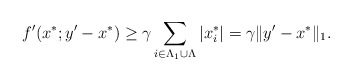
\begin{align*}f'(x^*;y'-x^*) &\ge\gamma\sum_{i\in\Lambda_1\cup\Lambda}|x_i^*|=\gamma\|y'-x^*\|_1.\end{align*}